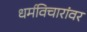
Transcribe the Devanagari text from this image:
धर्मविचारांवर